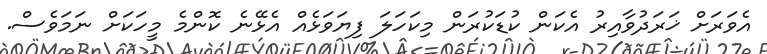
އެވަރަށް ޚަރަދުވާއިރު އެކަން ކުޑަކުރަން މިކަހަލަ ފިޔަވަޅެއް އެޅޭނެ ކޮންމެ މީހަކަށް ނަމަވެސް.